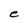
Character: e